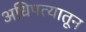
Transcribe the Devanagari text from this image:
अधिपत्यातून